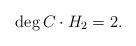
LaTeX: \begin{align*}\deg C\cdot H_2=2.\end{align*}